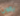
يكون